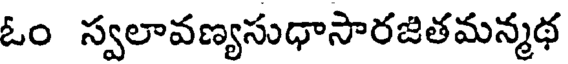
ఓం స్వలావణ్యసుధాసారజితమన్మథ